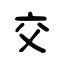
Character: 交